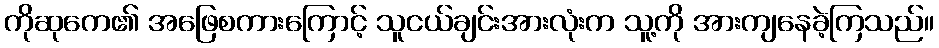
ကိုဆုကေ၏ အဖြေစကားကြောင့် သူငယ်ချင်းအားလုံးက သူ့ကို အားကျနေခဲ့ကြသည်။